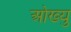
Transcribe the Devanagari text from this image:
ओख्यु